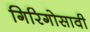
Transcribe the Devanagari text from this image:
गिरिगोसावी